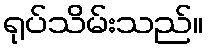
ရုပ်သိမ်းသည်။